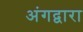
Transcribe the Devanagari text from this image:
अंगद्वारा